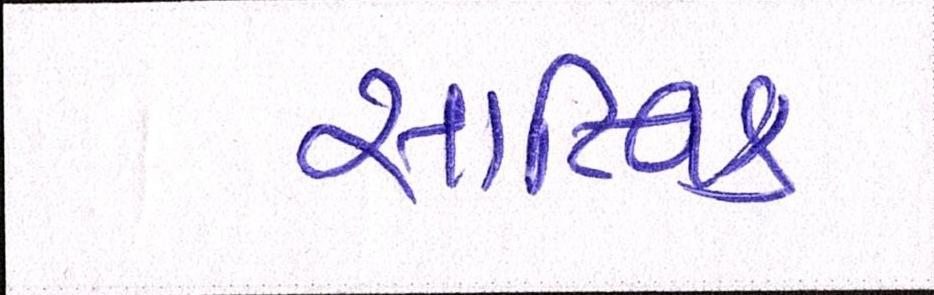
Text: સાત્ત્વિક